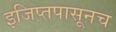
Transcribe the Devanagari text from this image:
इजिप्तपासूनच